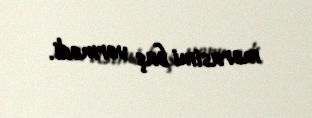
mərasimi baş vermədi.